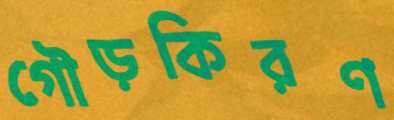
গৌড়কিরণ